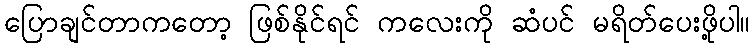
ပြောချင်တာကတော့ ဖြစ်နိုင်ရင် ကလေးကို ဆံပင် မရိတ်ပေးဖို့ပါ။